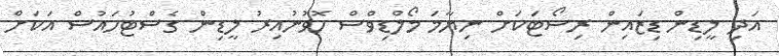
އަދި ލީޑިން ޑިޒައިން ރިސޯޓަކަށް ނިޔާމަ މޯލްޑިވްސް ހޮވުނުއިރު ލީޑިން ގެސްޓުހައުސް އަކަށް